Indian journal of veterinary science and animal husbandry - Volume 8,
Year: 1938
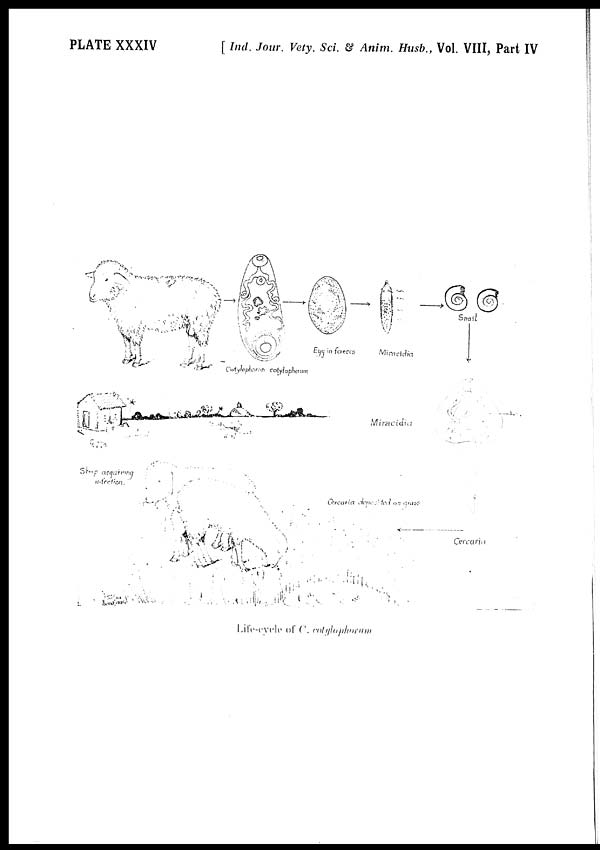
PLATE XXXIV
[ Ind. Jour. Vety. Sci. & Anim. Husb., Vol. VIII, Part IV
Life-cycle of C. Cotylophorum